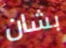
بشان